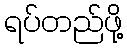
ရပ်တည်ဖို့